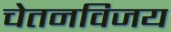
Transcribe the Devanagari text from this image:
चेतनविजय